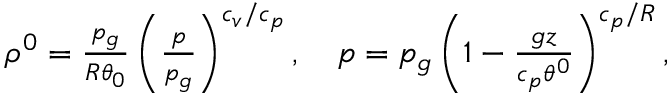
\begin{array} { r } { \rho ^ { 0 } = \frac { p _ { g } } { R \theta _ { 0 } } \left( \frac { p } { p _ { g } } \right) ^ { c _ { v } / c _ { p } } , \quad p = p _ { g } \left( 1 - \frac { g z } { c _ { p } \theta ^ { 0 } } \right) ^ { c _ { p } / R } , } \end{array}